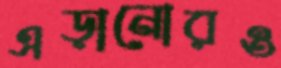
এড়ানোরও